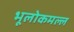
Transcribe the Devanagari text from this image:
भूलोकमल्ल